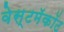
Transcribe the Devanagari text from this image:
वेस्टमॅकॉट